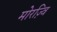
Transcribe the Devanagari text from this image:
मोरज़्वि